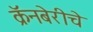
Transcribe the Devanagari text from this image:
क्रॅनबेरीचे